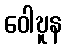
ဝေါဎူန